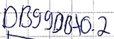
Text: DB99DBX0.2